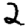
Digit: 2